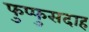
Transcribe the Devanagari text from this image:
फुप्फुसदाह